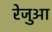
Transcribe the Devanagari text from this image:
रेजुआ